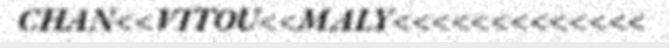
CHAN<<VITOU<<MALY<<<<<<<<<<<<<